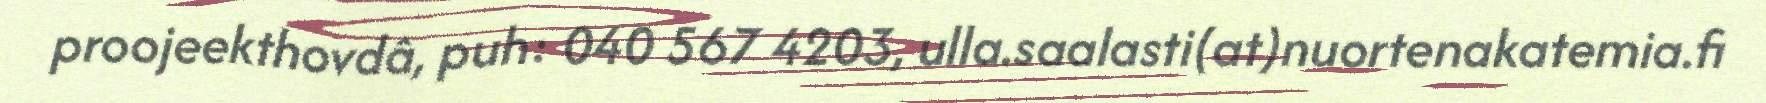
proojeekthovdâ, puh: 040 567 4203, ulla.saalasti(at)nuortenakatemia.fi